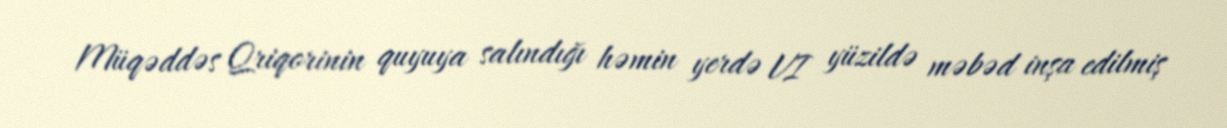
Müqəddəs Qriqorinin quyuya salındığı həmin yerdə VI yüzildə məbəd inşa edilmiş